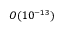
{ \cal O } ( 1 0 ^ { - 1 3 } )